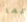
كما